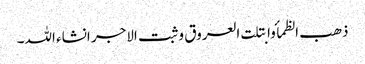
ذھب الظمأ وابتلت العروق وثبت الاجر انشاء اللہ۔